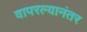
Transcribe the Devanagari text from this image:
वापरल्यानंतर